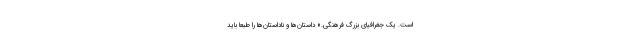
است. یک جغرافیای بزرگ فرهنگی.» داستان‌ها و ناداستان‌ها را طبعاً باید